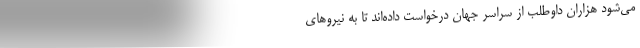
می‌شود هزاران داوطلب از سراسر جهان درخواست داده‌اند تا به نیروهای